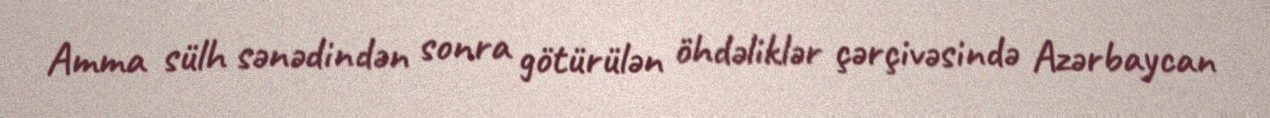
Amma sülh sənədindən sonra götürülən öhdəliklər çərçivəsində Azərbaycan